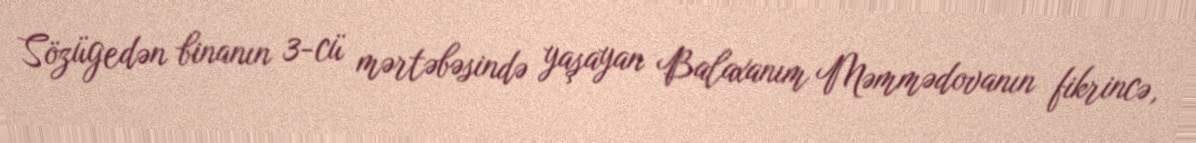
Sözügedən binanın 3-cü mərtəbəsində yaşayan Balaxanım Məmmədovanın fikrincə,